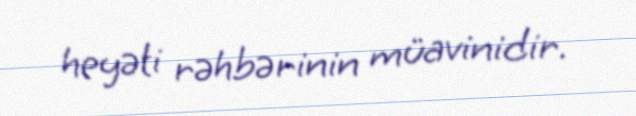
heyəti rəhbərinin müavinidir.